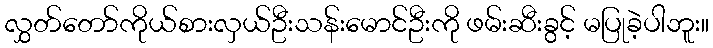
လွှတ်တော်ကိုယ်စားလှယ်ဦးသန်းမောင်ဦးကို ဖမ်းဆီးခွင့် မပြုခဲ့ပါဘူး။